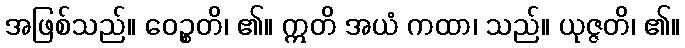
အဖြစ်သည်။ ဝေဉ္စတိ၊ ၏။ ဣတိ အယံ ကထာ၊ သည်။ ယုဇ္ဇတိ၊ ၏။